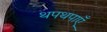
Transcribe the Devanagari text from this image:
थपथपाएँ